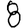
Digit: 8